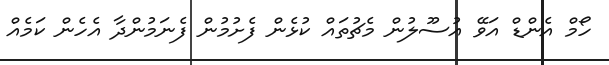
ހޯމް އެންޑް އަވޭ އުސޫލުން މެޗުތައް ކުޅެން ފެށުމުން ފެނަމުންދާ އެހެން ކަމެއް